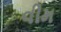
વીમ